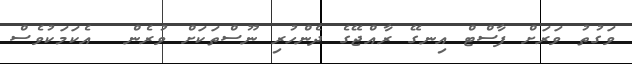
ވަގުތު ވަަރަށް ފާސްޓް އިނގޭ ރާއްޖޭގެ ދެންހުރި ނޫސްތަކަށް ވުރެން  އެކަމަކުވެސް